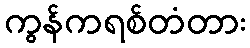
ကွန်ကရစ်တံတား